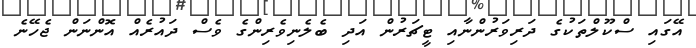
އޭގައި ސްކޫލްތަކުގެ ދަރިވަރުންނާއި ޓީޗަރުން އަދި ބެލެނިވެރިންގެ ވެސް ދައުރެއް އޮންނަން ޖެހޭނެ